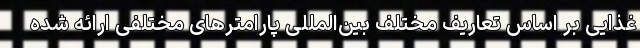
غذایی بر اساس تعاریف مختلف بین‌المللی پارامترهای مختلفی ارائه شده